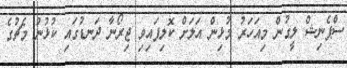
ސްޕެނިޝް ލީގުން މިއަހަރު މުޅިން އަލަށް ކޮލިފައިވި ޖިރޯނާ ދަނޑުގައި ކުޅުނު މެޗުގެ